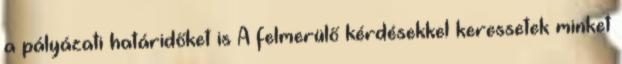
a pályázati határidőket is A felmerülő kérdésekkel keressetek minket